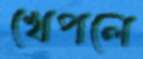
খেপলে